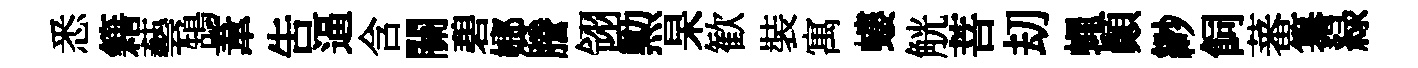
悉籍藝鵠葦吿逼含關碧嫏謄翎勲杲歓裝寓螻觥菩刧蠅顛緲飼蕃纂緑